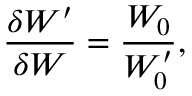
\frac { \delta W ^ { \prime } } { \delta W } = \frac { W _ { 0 } } { W _ { 0 } ^ { \prime } } ,